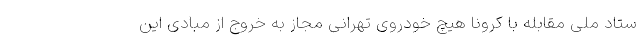
ستاد ملی مقابله با کرونا هیچ خودروی تهرانی مجاز به خروج از مبادی این